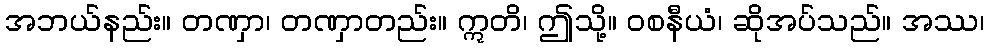
အဘယ်နည်း။ တဏှာ၊ တဏှာတည်း။ ဣတိ၊ ဤသို့။ ဝစနီယံ၊ ဆိုအပ်သည်။ အဿ၊